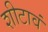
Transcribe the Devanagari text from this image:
शीटावं